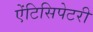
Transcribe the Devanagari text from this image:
ऐंटिसिपेटरी